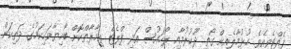
ފެއްޓެވިއެވެ. ހުޅުމާލެއިން ގޯތި ދޫކުރުމާއި ރޯހައުސް އަދި ފްލެޓް ޢިމާރާތްކޮށް ބޯހިޔާވަހިކަމުގެ ދަތިކަން